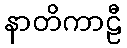
နာတိကာဠီ